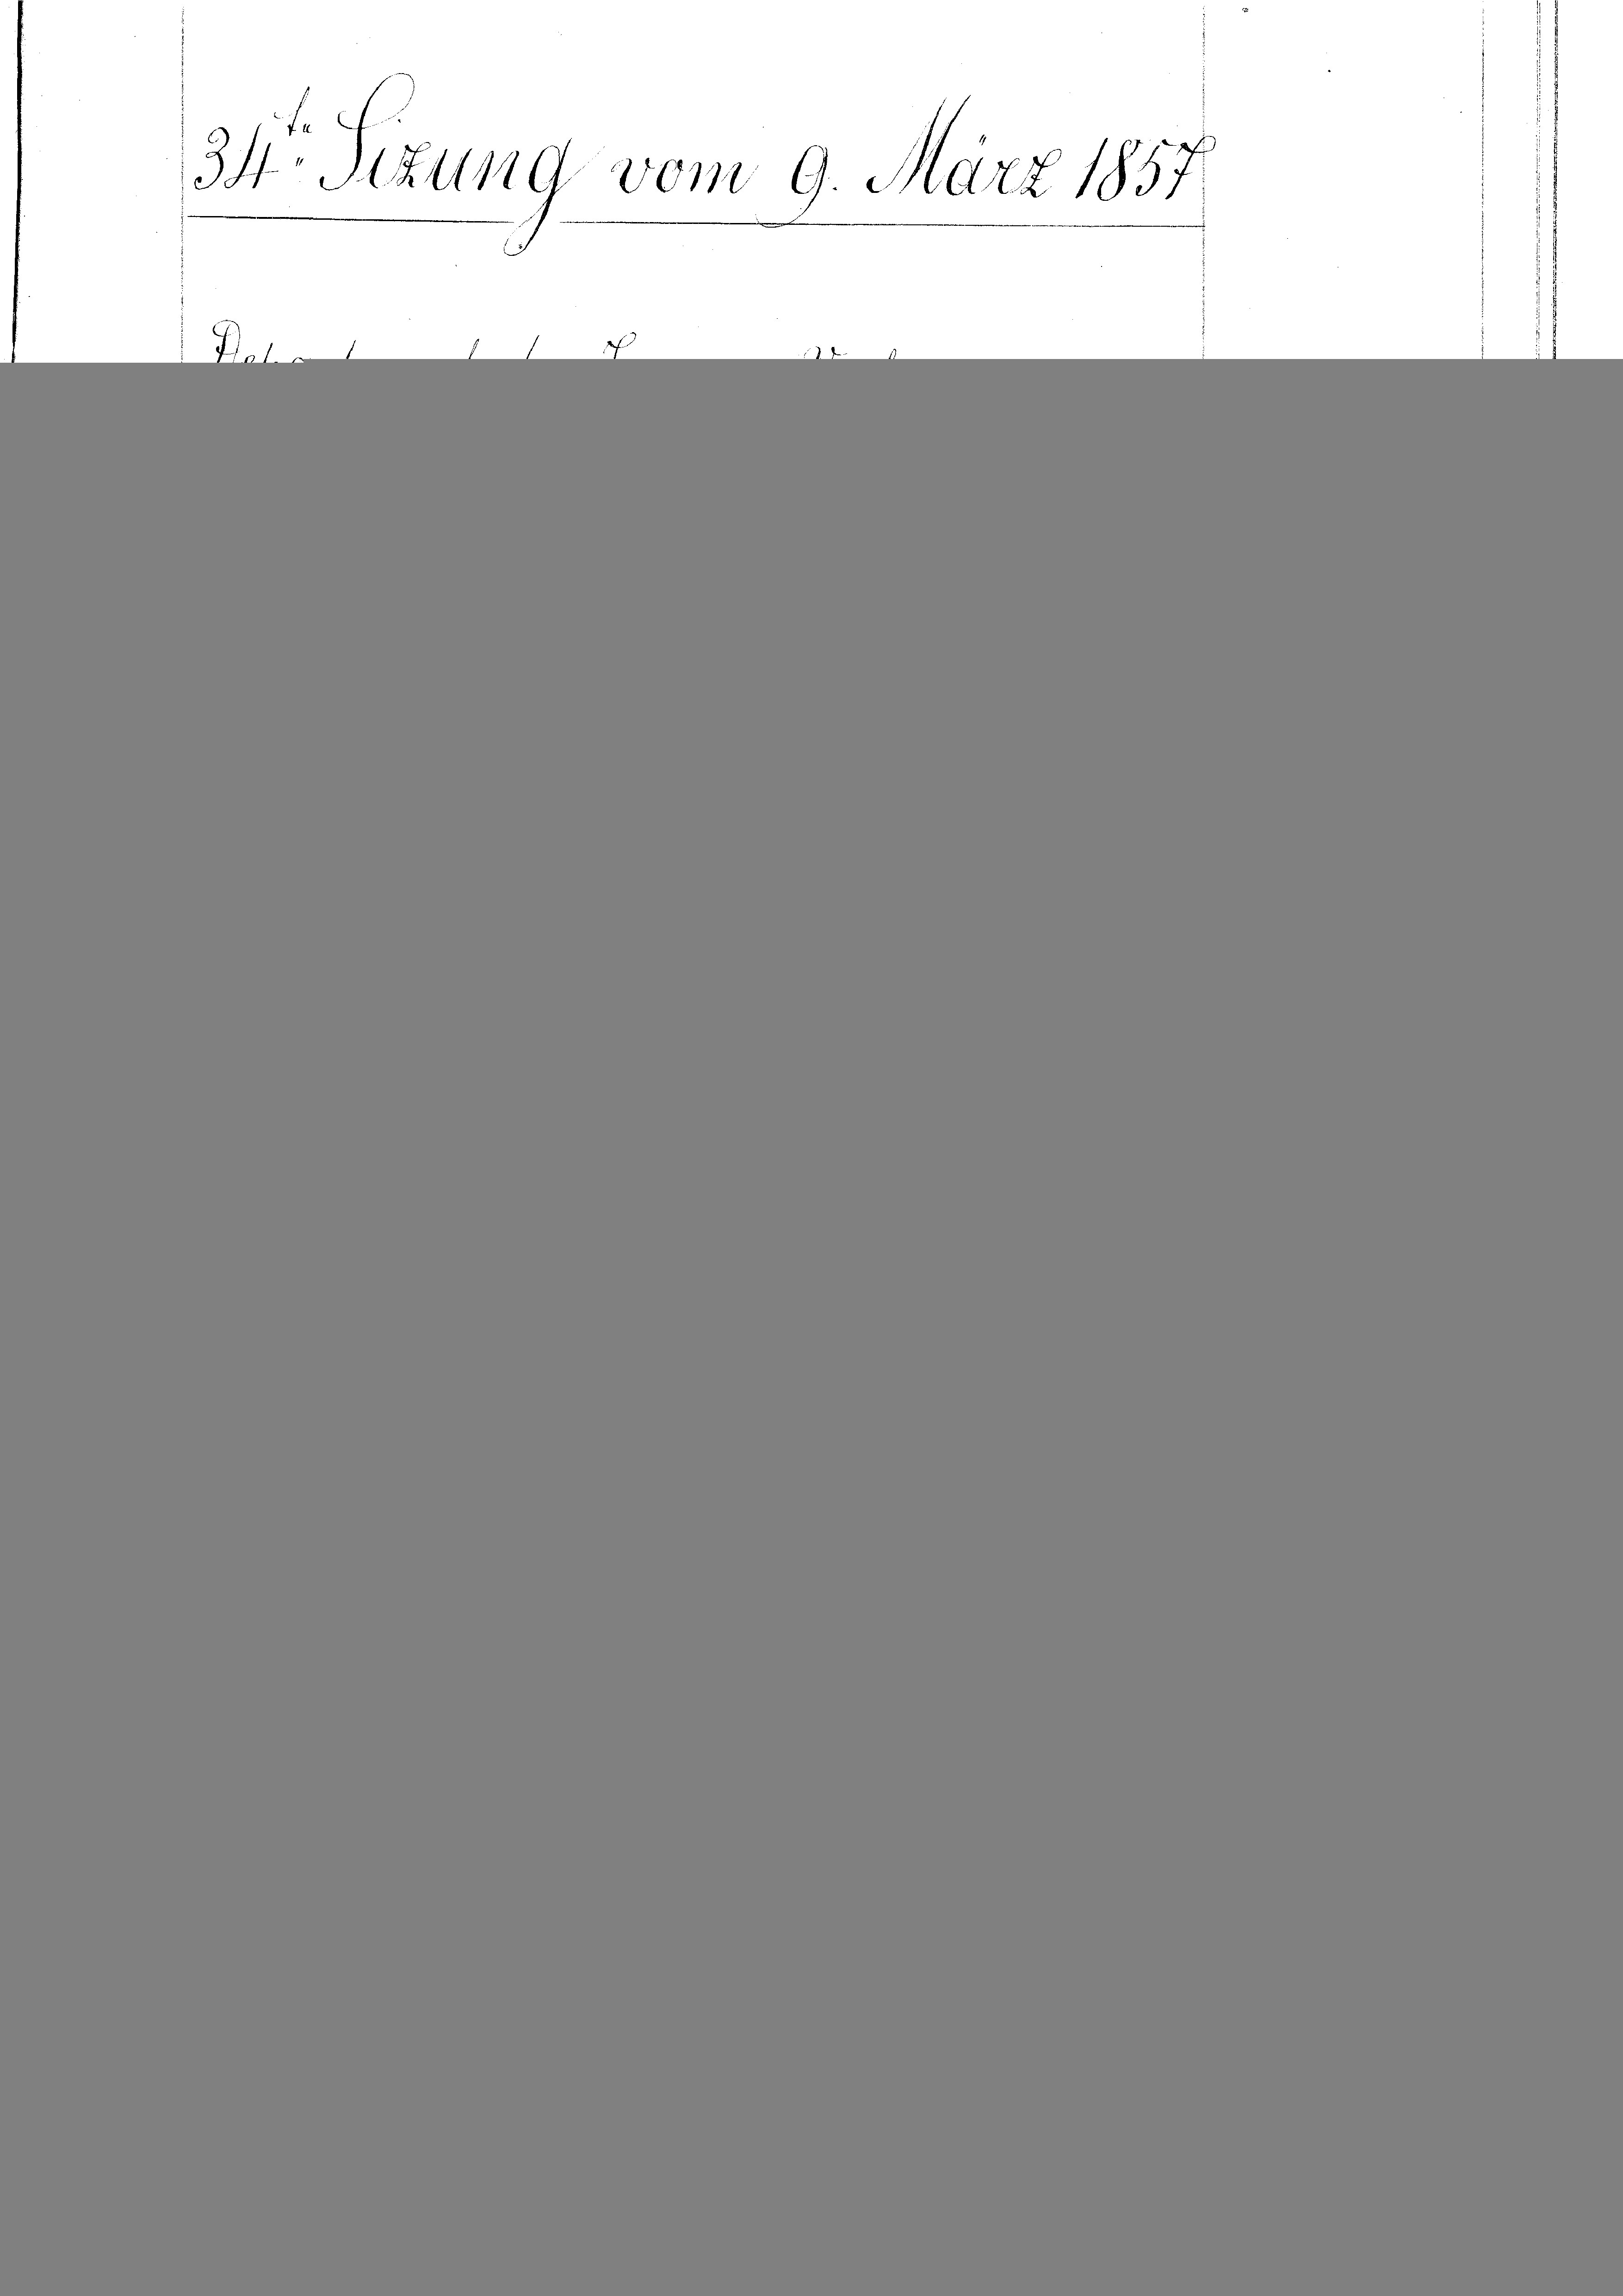
34 Sizung vom 9. März 1857